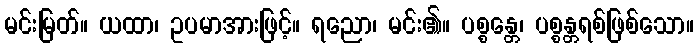
မင်းမြတ်။ ယထာ၊ ဥပမာအားဖြင့်။ ရညော၊ မင်း၏။ ပစ္စန္တေ၊ ပစ္စန္တရစ်ဖြစ်သော။